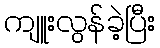
ကျူးလွန်ခဲ့ပြီး